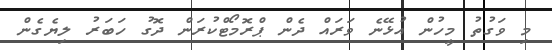
މި ވަގުތު މީހުން އުޅޭނެ ވަރައް ދެން ޕްރޮމޯޓްކުރަން ދޮގު ހަބަރު ލިޔެގެން